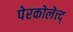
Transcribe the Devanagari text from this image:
पेरकोलेत्त्द्